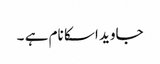
جاوید اسکا نام ہے ۔